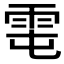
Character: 𩂄